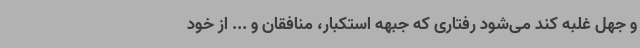
و جهل غلبه کند می‌شود رفتاری که جبهه استکبار، منافقان و ... از خود